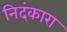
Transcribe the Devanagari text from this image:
निदंकारा